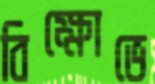
বিক্ষোভে